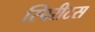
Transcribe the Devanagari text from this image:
स्पिरीटस